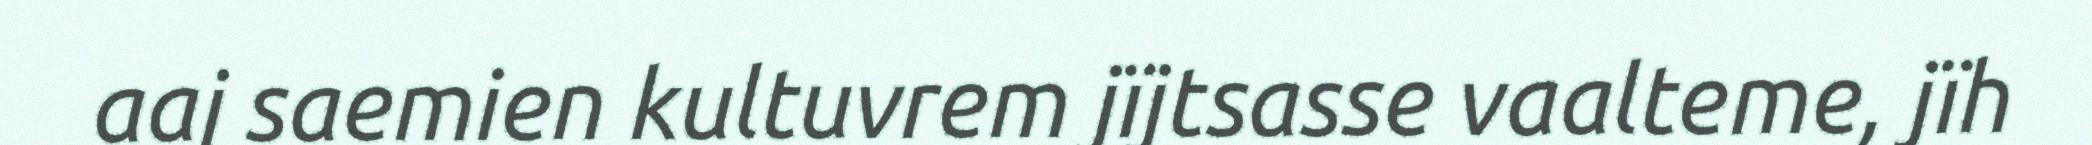
aaj saemien kultuvrem jïjtsasse vaalteme, jïh